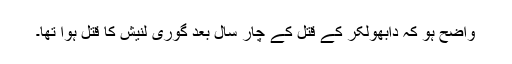
واضح ہو کہ دابھولکر کے قتل کے چار سال بعد گوری لنیش کا قتل ہوا تھا۔